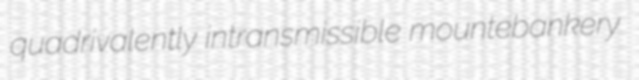
quadrivalently intransmissible mountebankery